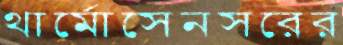
থার্মোসেনসরের